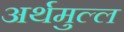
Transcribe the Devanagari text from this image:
अर्थमुल्ल